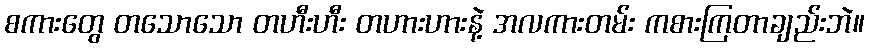
စကားတွေ တသောသော တဟီးဟီး တဟားဟားနဲ့ အလကားတမ်း ကစားကြတာချည်းဘဲ။